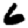
Digit: 6